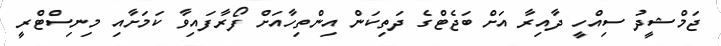
ޖަމްޝީދު ސިއްހީ ދާއިރާ އަށް ބަޖެޓްގެ ދަތިކަން އިންތިހާއަށް ފޯރާފައިވާ ކަމަށާއި މިނިސްޓްރީ